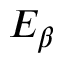
E _ { \beta }